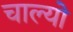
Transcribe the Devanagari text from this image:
चाल्‍यो